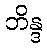
ဘိန္ဒ